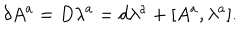
\delta A ^ { a } = D \lambda ^ { a } = d \lambda ^ { a } + [ A ^ { a } , \lambda ^ { a } ] .